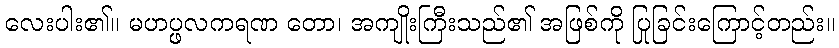
လေးပါး၏။ မဟပ္ဖလကရဏ တော၊ အကျိုးကြီးသည်၏ အဖြစ်ကို ပြုခြင်းကြောင့်တည်း။